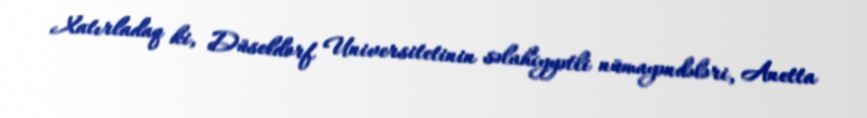
Xatırladaq ki, Düseldorf Universitetinin səlahiyyətli nümayəndələri, Anetta